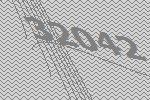
32042